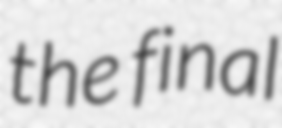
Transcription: the final